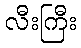
လီးကြီး